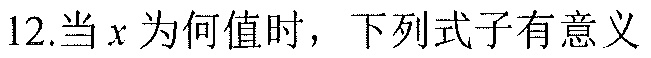
12.当\(x\)为何值时，下列式子有意义